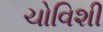
ચોવિશી